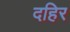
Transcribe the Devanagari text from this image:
दहिर